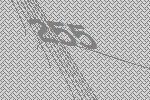
255